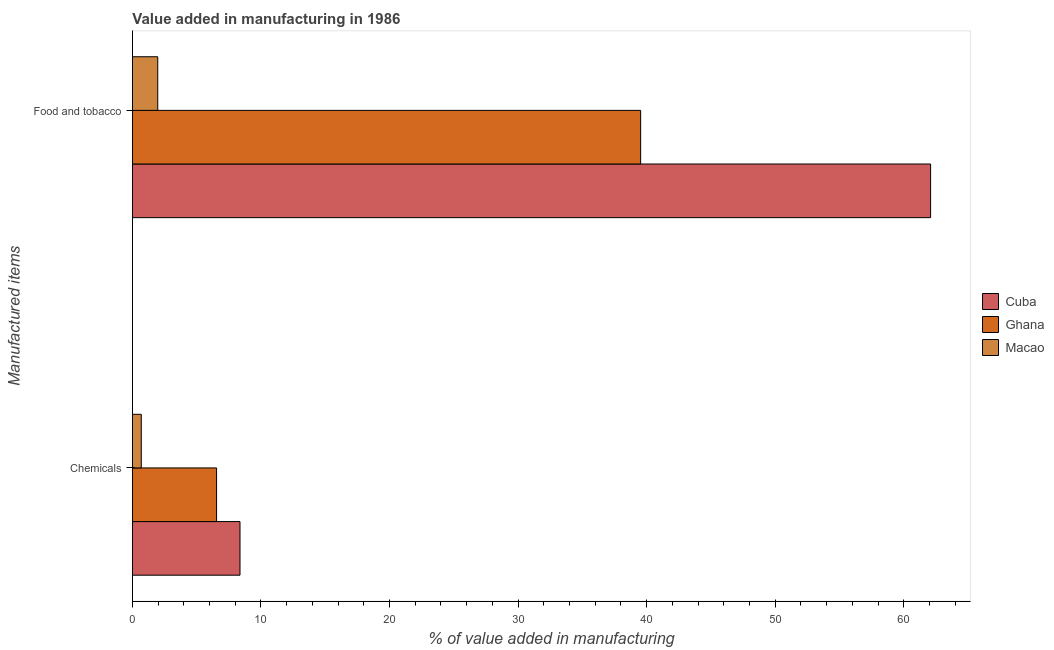
| Manufactured items | Cuba | Ghana | Macao |
 | --- | --- | --- | --- |
 | Chemicals | 8.37 | 6.55 | 0.688 |
 | Food and tobacco | 62.1 | 39.5 | 1.97 |